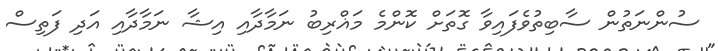
ސުންނަތުން ސާބިތުވެފައިވާ ގޮތަށް ކޮންމެ މަޣްރިބު ނަމާދާއި އިޝާ ނަމާދާއި އަދި ފަތިސް